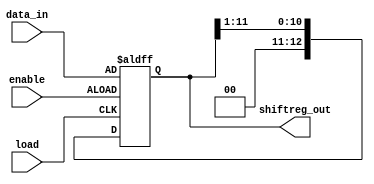

module morsecode_shiftregister(enable,load,data_in, shiftreg_out);
	input [12:0] data_in;

	input enable; //data input enable 
	input load; //clk //load = 1 thi tru tiep load = 0 thi giu nguyen trang thai

	output reg [12:0] shiftreg_out; //chung ta chi lay bit shiftreg_out[0] khi ghep cac module lai voi nhau
	
	always@(posedge load or posedge enable)
	begin
		if (enable) shiftreg_out <= data_in;
		else if (load) begin
				 shiftreg_out <= {1'b0,shiftreg_out[11:1]};	
		end 
	end
endmodule

//checked